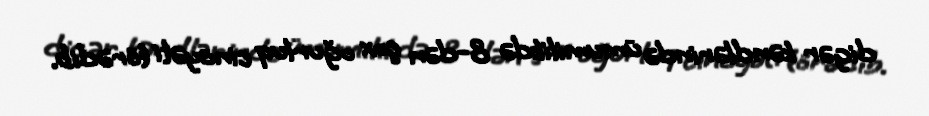
digər kəndlərində ümumilikdə 8-dən çox oğurluq cinayəti törədib.